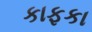
કાફકા